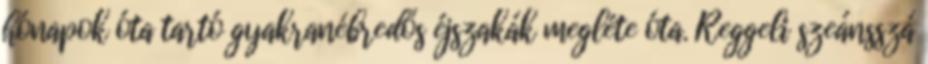
hónapok óta tartó gyakranébredős éjszakák megléte óta. Reggeli szeánsszá